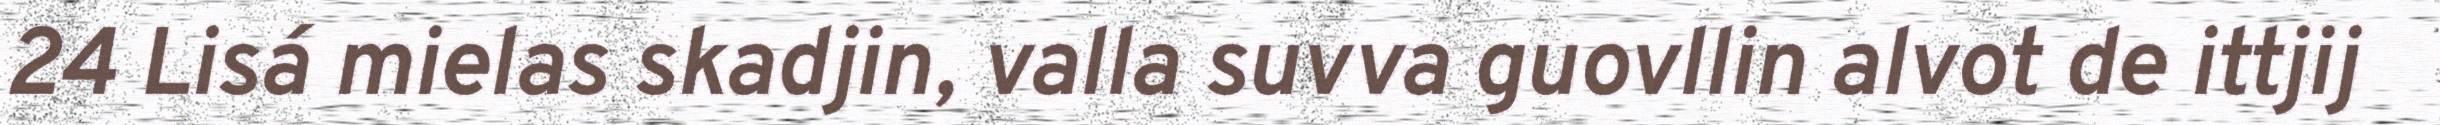
24 Lisá mielas skadjin, valla suvva guovllin alvot de ittjij